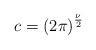
LaTeX: \begin{align*}c = {\left( 2\pi \right)}^{\frac {\nu} {2}}\end{align*}